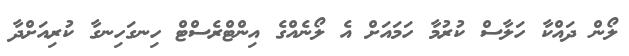
ލޯން ދައްކާ ހަލާސް ކުރުމާ ހަމައަށް އެ ލޯނެއްގެ އިންޓްރެސްޓް ހިނގަހިނގާ ކުރިއަށްދާ